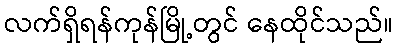
လက်ရှိရန်ကုန်မြို့တွင် နေထိုင်သည်။